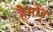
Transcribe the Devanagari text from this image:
हैमोंड